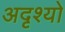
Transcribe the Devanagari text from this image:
अदृश्यो